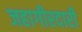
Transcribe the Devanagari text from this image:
जहागीरदारी